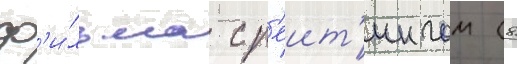
ф'и́льма с р'еит'ингом (8